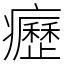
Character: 癧